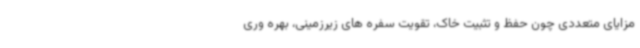
مزایای متعددی چون حفظ و تثبیت خاک، تقویت سفره های زیرزمینی، بهره وری